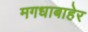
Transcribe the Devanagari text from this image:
मगधाबाहेर